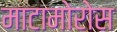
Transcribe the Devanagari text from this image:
माटामोरोस